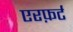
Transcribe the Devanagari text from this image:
एरफ़र्ट